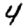
Digit: 4